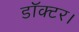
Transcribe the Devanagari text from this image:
डाॅक्टर।